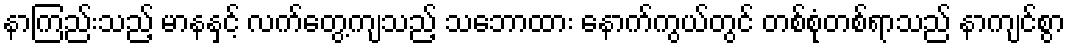
နာကြည်းသည့် မာနနှင့် လက်တွေ့ကျသည့် သဘောထား နောက်ကွယ်တွင် တစ်စုံတစ်ရာသည် နာကျင်စွာ